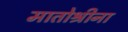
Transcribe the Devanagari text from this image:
मातोश्रीना